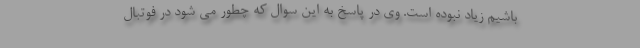
باشیم زیاد نبوده است. وی در پاسخ به این سوال که چطور می شود در فوتبال